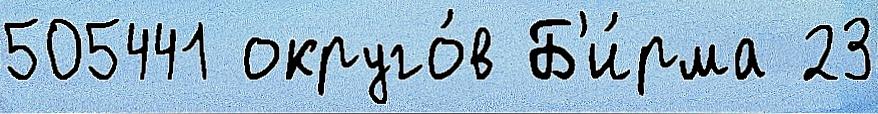
505441 округо́в Б'и́рма 23